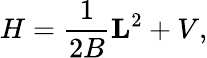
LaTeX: H=\frac{1}{2B}{\mathbf L}^{2}+V,